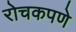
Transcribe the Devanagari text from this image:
रोचकपणे